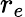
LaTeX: r_{e}